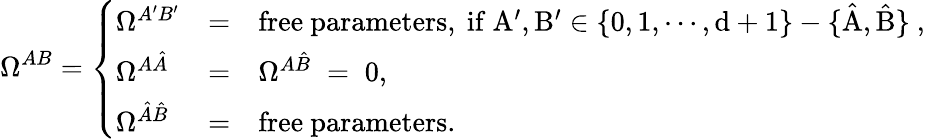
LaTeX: \Omega^{AB}=\left\{ \begin{array}{lll}{{\Omega^{A^{\prime}B^{\prime}}}}&{{=}}&{{\mathrm{free~parameters,~if~A^{\prime},B^{\prime}\in\{ 0,1,\cdots,d+1\} -\{ \hat{A},\hat{B}\} ~},}}\\ {{\Omega^{A\hat{A}}}}&{{=}}&{{\Omega^{A\hat{B}}\; =\; 0,}}\\ {{\Omega^{\hat{A}\hat{B}}}}&{{=}}&{{\mathrm{free~parameters}.}}\end{array}\right.